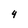
Character: 4